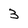
Character: 3